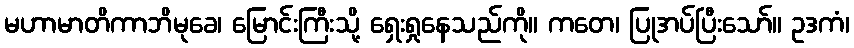
မဟာမာတိကာဘိမုခေ၊ မြောင်းကြီးသို့ ရှေးရှုနေသည်ကို။ ကတေ၊ ပြုအပ်ပြီးသော်။ ဥဒကံ၊